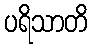
ပရိသာတိ